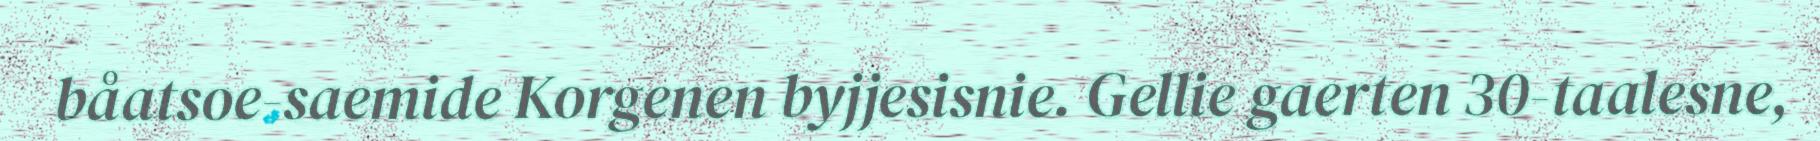
båatsoe-saemide Korgenen byjjesisnie. Gellie gaerten 30-taalesne,